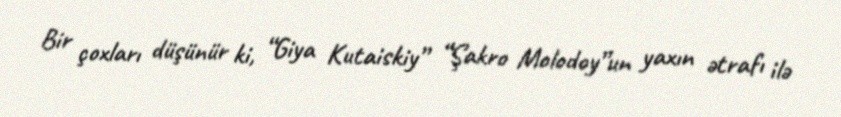
Bir çoxları düşünür ki, “Giya Kutaiskiy” “Şakro Molodoy”un yaxın ətrafı ilə